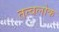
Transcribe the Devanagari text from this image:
तत्वलोक